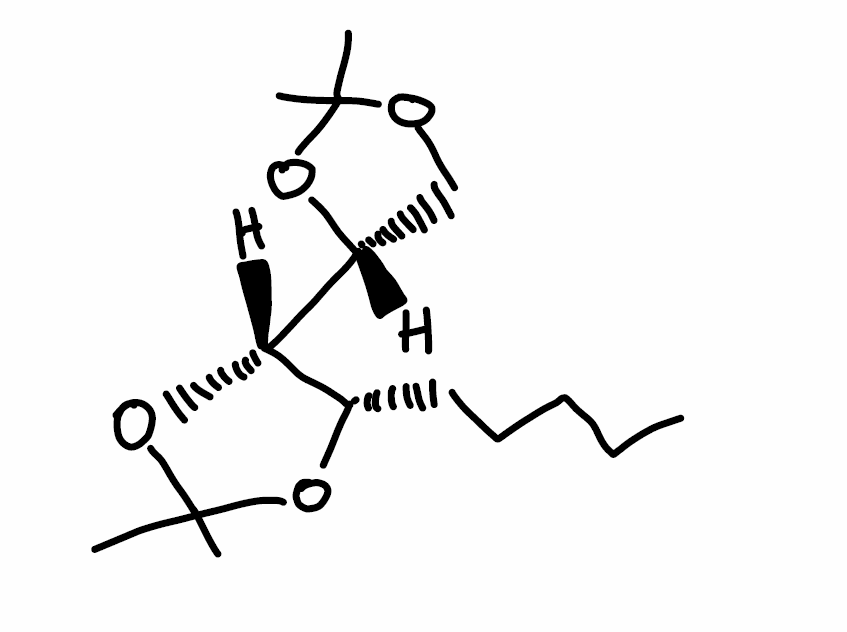
Simplified molecular-input line-entry system (SMILES) notation of the given molecule:
CCCCC[C@H]1[C@H](OC(O1)(C)C)[C@H]2COC(O2)(C)C